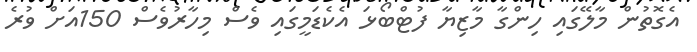
އެގޮތުން މާލޭގައި ހިންގާ މާޒިޔާ ފުޓްބޯޅަ އެކެޑަމީގައި ވެސް މިހާރުވެސް 150އަށް ވުރެ